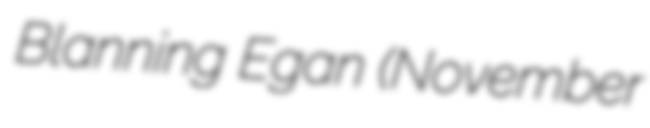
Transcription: Blanning Egan (November